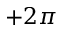
+ 2 \pi